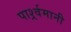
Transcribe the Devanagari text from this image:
पार्श्र्वमानी